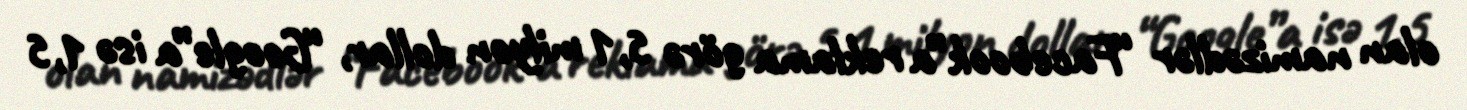
olan namizədlər “Facebook”a reklama görə 5,1 milyon dollar, “Google”a isə 1,5